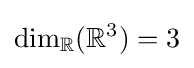
\dim _{\mathbb {R} }(\mathbb {R} ^{3})=3